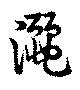
灑